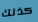
كذلك